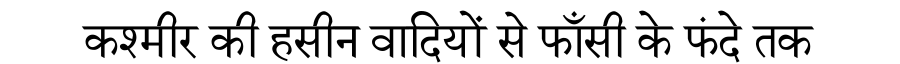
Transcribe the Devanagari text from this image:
कश्मीर की हसीन वादियों से फाँसी के फंदे तक